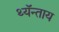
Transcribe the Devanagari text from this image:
थ्यॅन्ताय